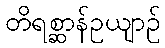
တိရစ္ဆာန်ဥယျာဉ်